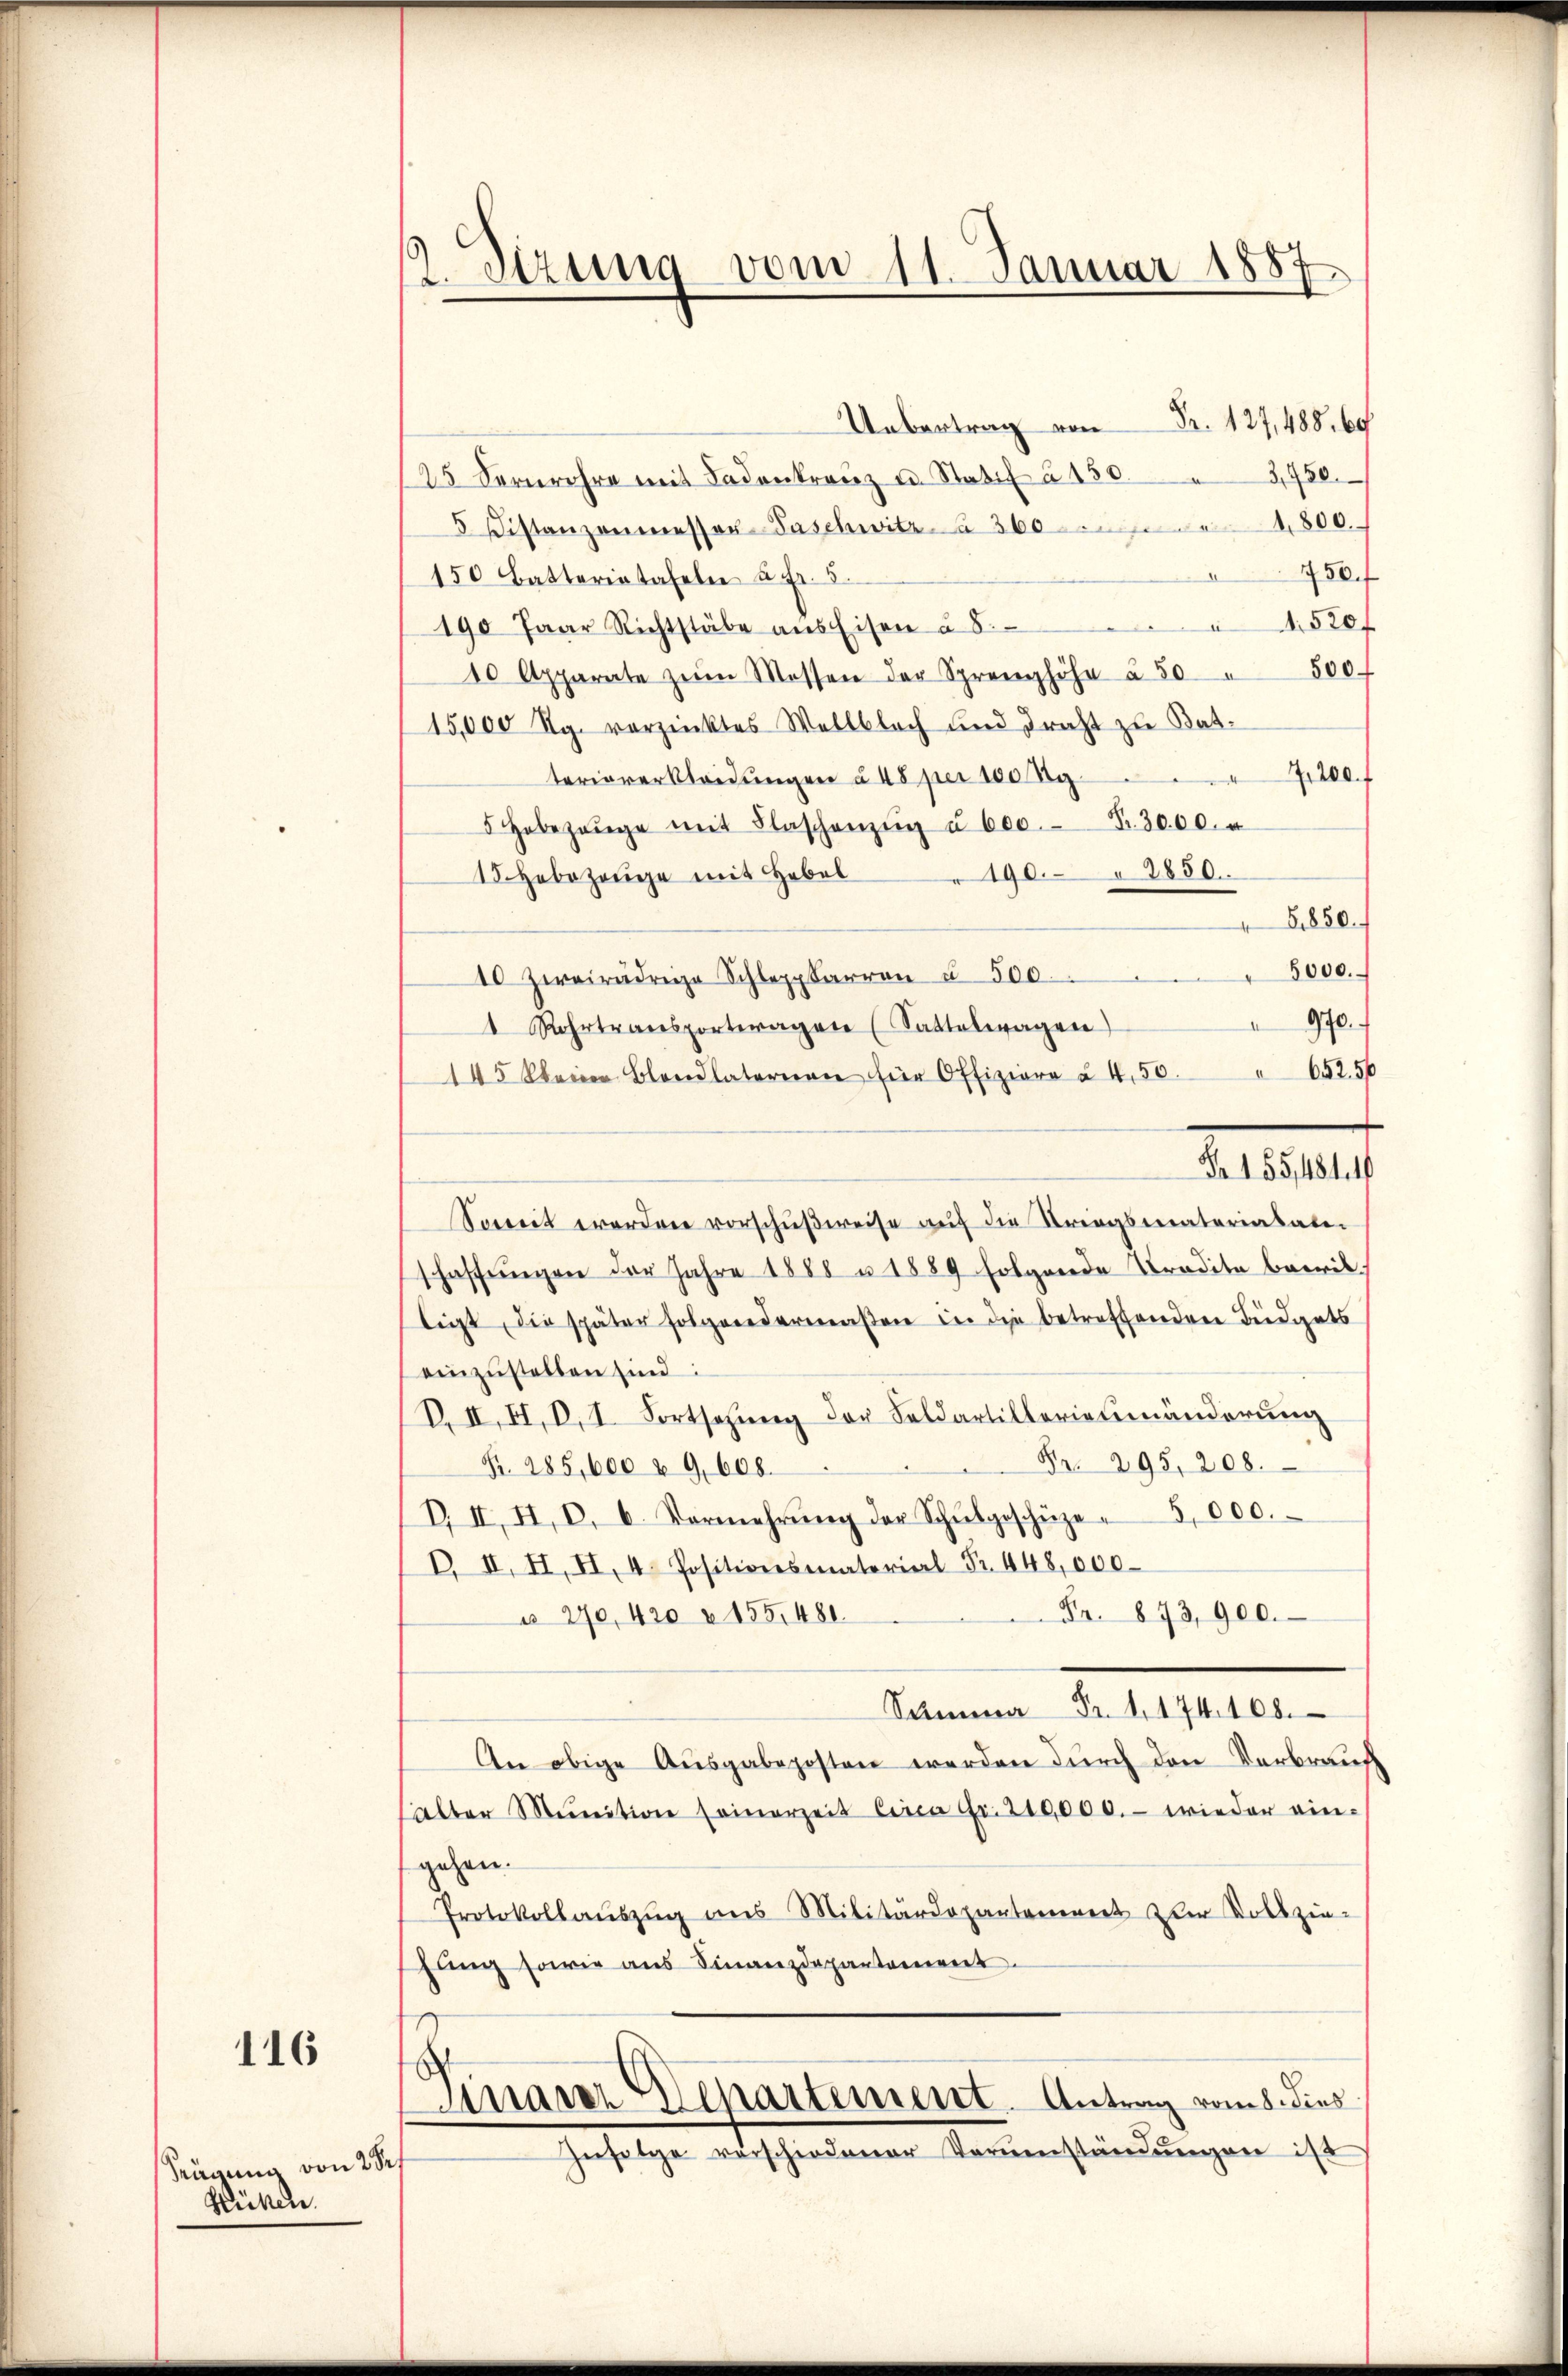
116

Srägung von 20
glükten

Sizung vom 11. Januar 1887

Ubertrag von Fr. 127,488. 60
3,950.
25 Fernrohre mit Fadenkranz u. Statif à 150.
5 Distanzenmessen-Paschwitz. 3604800.
150 f
150 Batterietafeln à Fr. 5.
190 Paar Richtstäbe ans Eisen à 5. 1520
10 Apparate zŭm Messen der Sprenghöhe à 50 " 500
15,000 Rg. vorzinktes Wellblach und Tracht zu Bat
,200. f
teriorerkleidungen à 45 per 100 Kg.
5 Hobezeuge mit Flaschenzŭg u 600. Fr. 3000. u
190. 2850.
15. Hebezeuge mit Hebel
8850.
" 8000.
10 Zweirädrige Schleppkarren u 500.
970.
1 Rohrtransporteragen (Sattelwagen)
145 kleine Blandlatorion für Offiziare à 4.50 " 652. 50
Soweit worden vorschŭβweise auf die Striegsmaterialater
schaffŭngen der Jahre 1888 u. 1889 folgende Tradita bewil
ligt, die später folgendermaßen in die betreffenden Büdgets
einzustellen sind:
B. II. II, D. 1. Fortsetzung der Feldartillerienmänderung
Pr. 295. 208.
Fr. 285,600 u. 9. 608.
B. II, I, 8. b. Vermehrŭng der Schŭlgeschüze- 5,000.
B. II. II, II, 4. Positionsmatorial Fr. 448,000
Fr. 873,900.
 270, 420 " 155,48
Summa Fr. 1174. 408.
An obige Ausgabeposten werden durch den Verbrauch
alter Munition seinerzeit Circa Fr. 210,000.- wieder ein-
gehen.
Protokollaŭszŭg ans Militärdepantanenert der Vollzie-
fang sowie aus Finanzdepartement
x
Sinaren Departement. Antrag vom 5. dies
Znsetze verschiedener Vorŭenständŭngen ist

Nr. 155, 1814